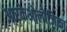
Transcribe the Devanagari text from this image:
आरकेओलोजिका